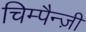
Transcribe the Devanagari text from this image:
चिम्पैन्ज़ी